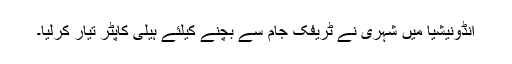
انڈونیشیا میں شہری نے ٹریفک جام سے بچنے کیلئے ہیلی کاپٹر تیار کرلیا۔